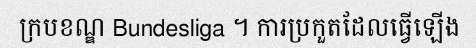
ក្របខណ្ឌ Bundesliga ។ ការប្រកួតដែលធ្វើឡើង